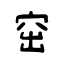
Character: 窋